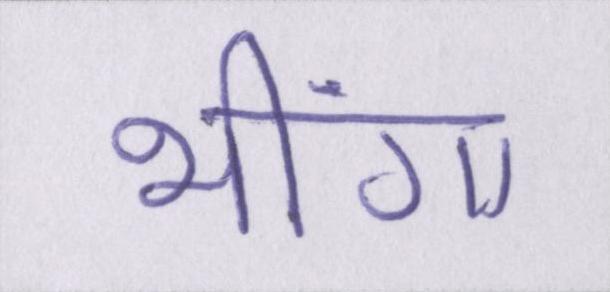
भींगा